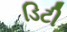
ડિટી